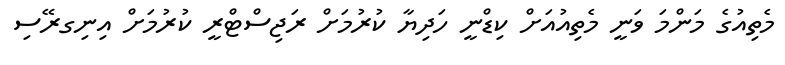
މެތިއުގެ މަންމަ ވަނީ މެތިއުއަށް ކިޑްނީ ހަދިޔާ ކުރުމަށް ރަޖިސްޓްރީ ކުރުމަށް އިނިގރޭސި